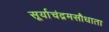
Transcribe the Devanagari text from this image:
सूर्याचंद्रमसौधाता